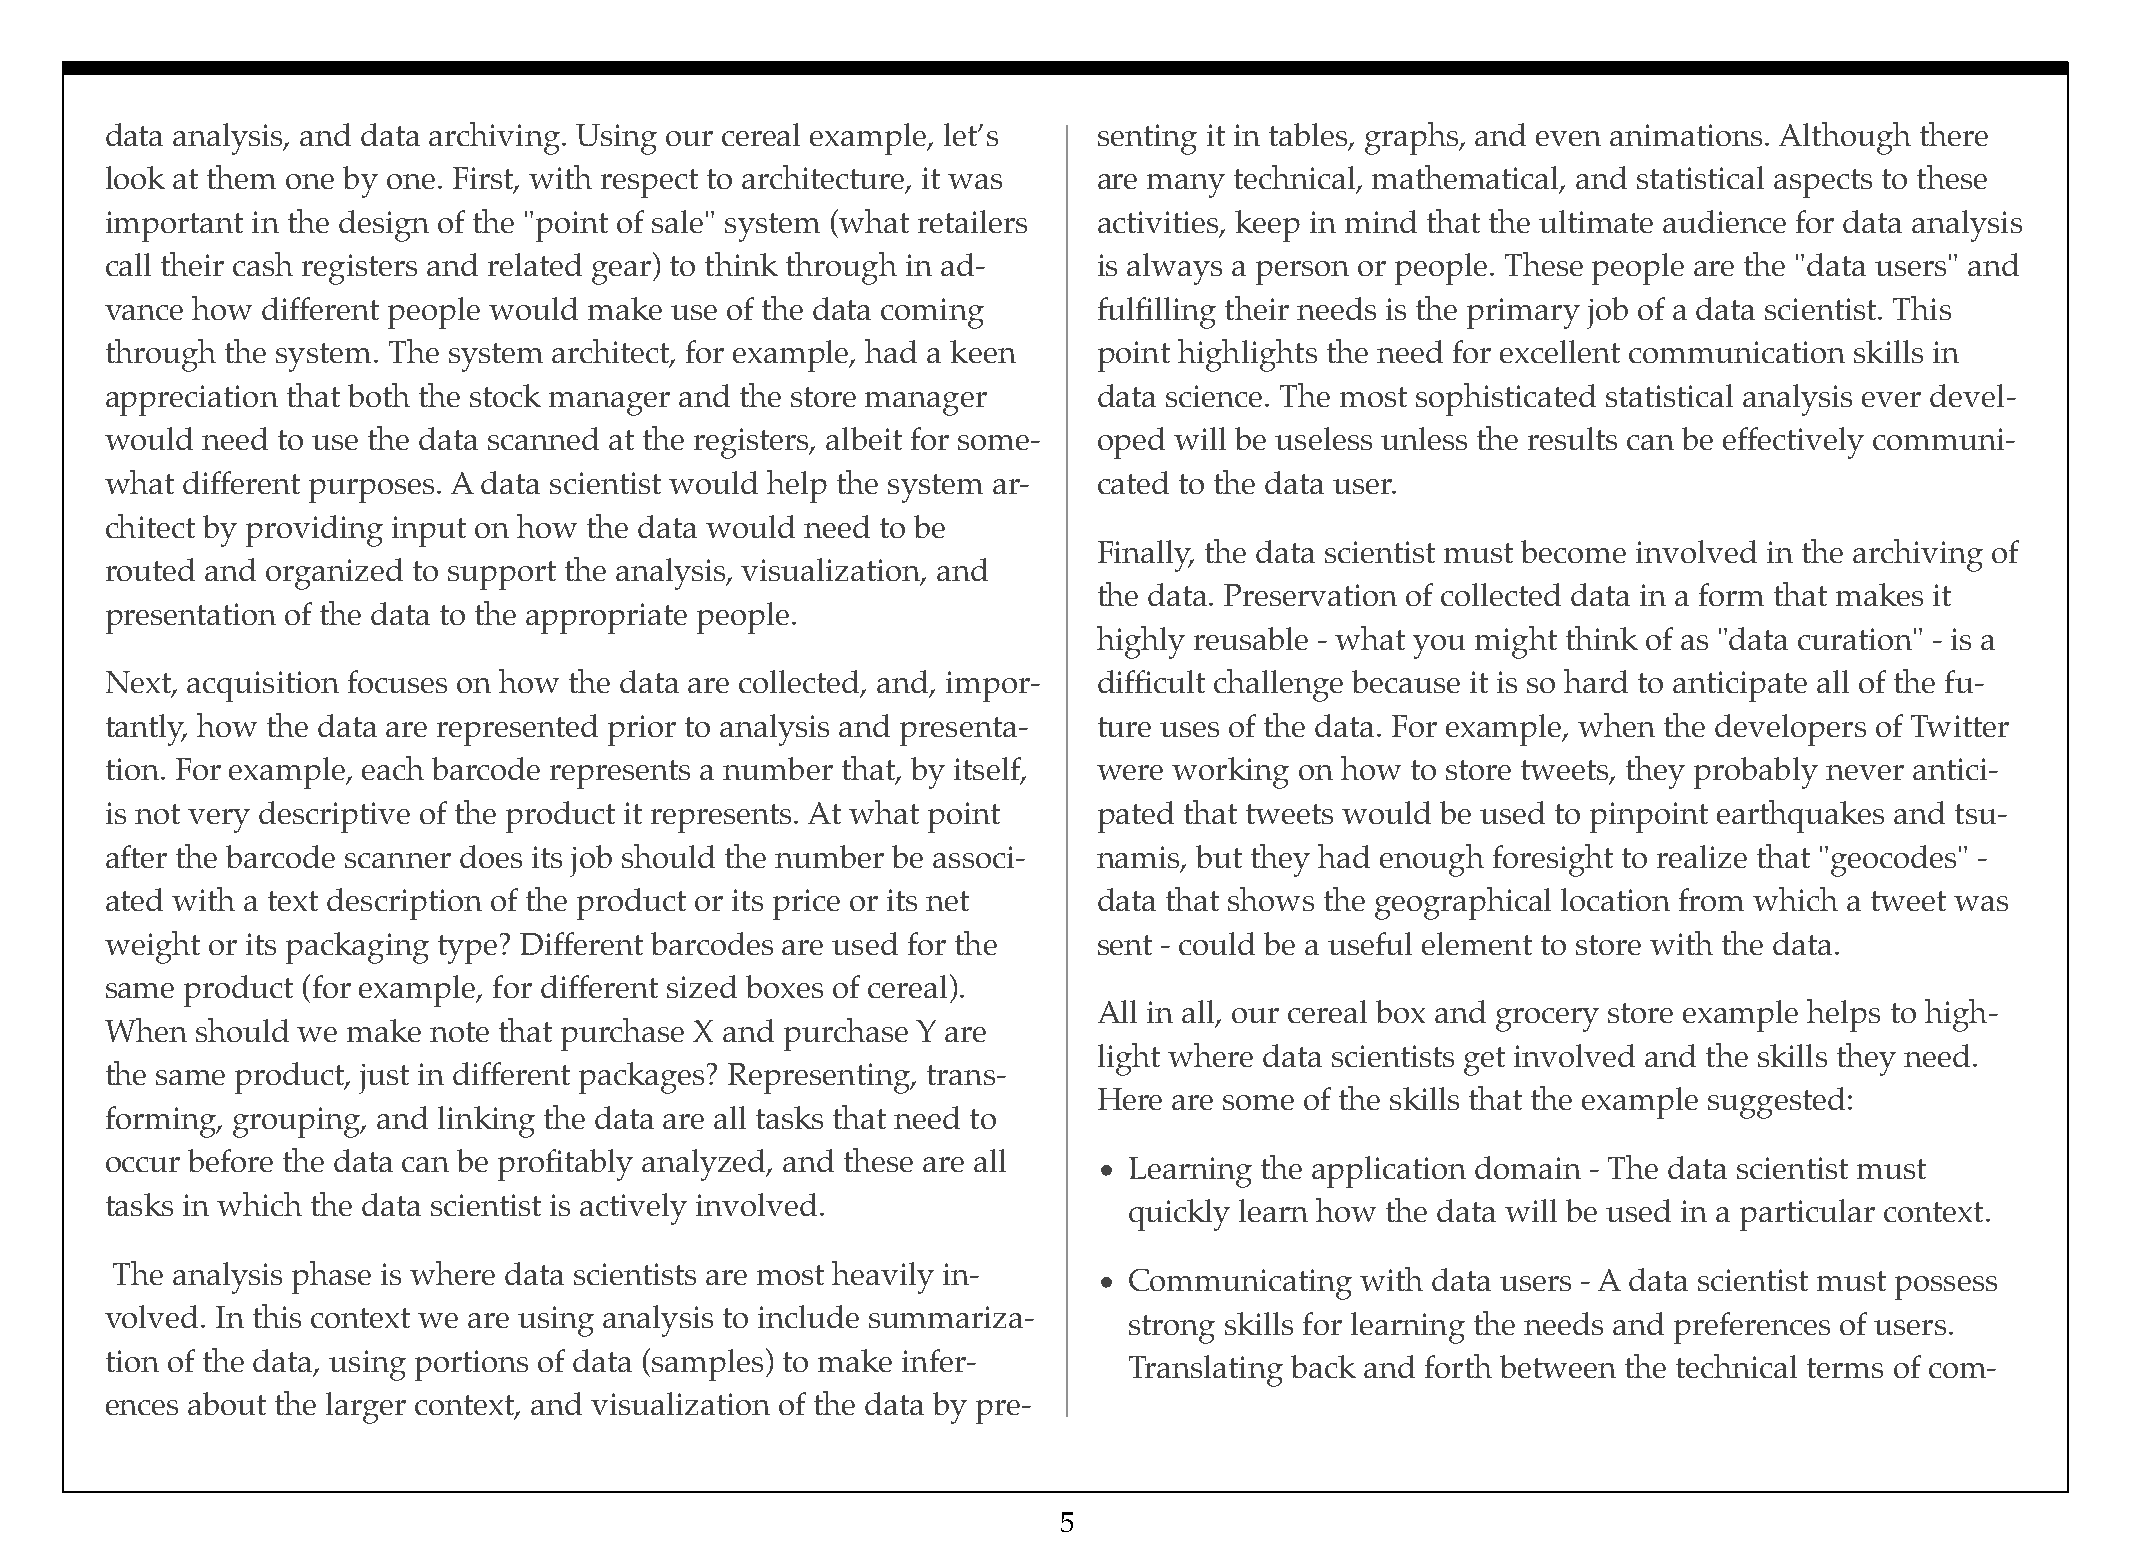
data analysis, and data archiving. Using our cereal example, let’s senting it in tables, graphs, and even animations. Although there
 look at them one by one. First, with respect to architecture, it was are many technical, mathematical, and statistical aspects to these
 important in the design of the "point of sale" system (what retailers activities, keep in mind that the ultimate audience for data analysis
 call their cash registers and related gear) to think through in ad- is always a person or people. These people are the "data users" and
 vance how different people would make use of the data coming      fulfilling their needs is the primary job of a data scientist. This
 through the system. The system architect, for example, had a keen point highlights the need for excellent communication skills in
 appreciation that both the stock manager and the store manager    data science. The most sophisticated statistical analysis ever devel-
 would need to use the data scanned at the registers, albeit for some- oped will be useless unless the results can be effectively communi-
 what different purposes. A data scientist would help the system ar- cated to the data user.
 chitect by providing input on how the data would need to be
 Finally, the data scientist must become involved in the archiving of
 routed and organized to support the analysis, visualization, and
 the data. Preservation of collected data in a form that makes it
 presentation of the data to the appropriate people.
 highly reusable - what you might think of as "data curation" - is a
 Next, acquisition focuses on how the data are collected, and, impor- difficult challenge because it is so hard to anticipate all of the fu-
 tantly, how the data are represented prior to analysis and presenta- ture uses of the data. For example, when the developers of Twitter
 tion. For example, each barcode represents a number that, by itself, were working on how to store tweets, they probably never antici-
 is not very descriptive of the product it represents. At what point pated that tweets would be used to pinpoint earthquakes and tsu-
 after the barcode scanner does its job should the number be associ- namis, but they had enough foresight to realize that "geocodes" -
 ated with a text description of the product or its price or its net data that shows the geographical location from which a tweet was
 weight or its packaging type? Different barcodes are used for the sent - could be a useful element to store with the data.
 same product (for example, for different sized boxes of cereal).
 All in all, our cereal box and grocery store example helps to high-
 When  should we make  note that purchase X and purchase Y are
 light where data scientists get involved and the skills they need.
 the same product, just in different packages? Representing, trans-
 Here are some of the skills that the example suggested:
 forming, grouping, and linking the data are all tasks that need to
 occur before the data can be profitably analyzed, and these are all
 • Learning the application domain - The data scientist must
 tasks in which the data scientist is actively involved.
 quickly learn how the data will be used in a particular context.
 The analysis phase is where data scientists are most heavily in-
 • Communicating  with data users - A data scientist must possess
 volved. In this context we are using analysis to include summariza-
 strong skills for learning the needs and preferences of users.
 tion of the data, using portions of data (samples) to make infer-
 Translating back and forth between the technical terms of com-
 ences about the larger context, and visualization of the data by pre-
 5